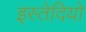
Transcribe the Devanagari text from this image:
इस्तेदियो